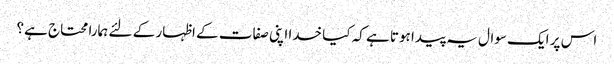
اس پر ایک سوال یہ پیدا ہوتا ہے کہ کیا خدا اپنی صفات کے اظہار کے لئے ہمارا محتاج ہے؟